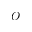
O